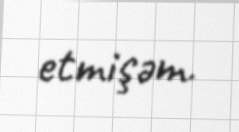
etmişəm.